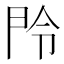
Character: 𬻴